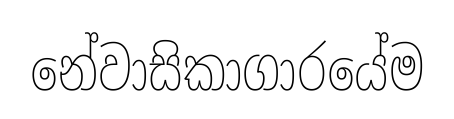
නේවාසිකාගාරයේම